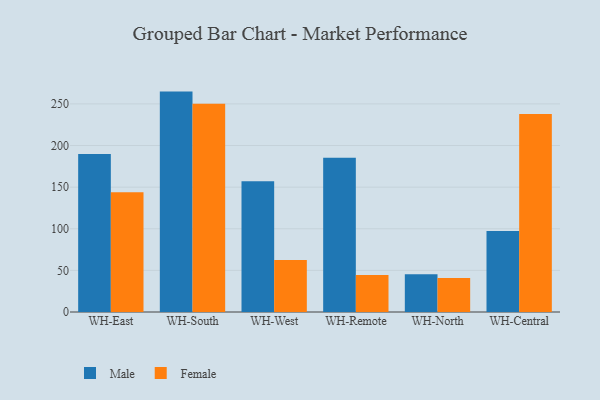
{"axis": {"x": "Warehouse", "y": "Churn Rate (%)"}, "legend": ["Female", "Male"], "data": [{"x": "WH-East", "y": 189.9, "type": "Male"}, {"x": "WH-East", "y": 143.9, "type": "Female"}, {"x": "WH-South", "y": 264.8, "type": "Male"}, {"x": "WH-South", "y": 250.2, "type": "Female"}, {"x": "WH-West", "y": 157.2, "type": "Male"}, {"x": "WH-West", "y": 62.5, "type": "Female"}, {"x": "WH-Remote", "y": 185.4, "type": "Male"}, {"x": "WH-Remote", "y": 44.6, "type": "Female"}, {"x": "WH-North", "y": 45.5, "type": "Male"}, {"x": "WH-North", "y": 40.7, "type": "Female"}, {"x": "WH-Central", "y": 97.4, "type": "Male"}, {"x": "WH-Central", "y": 237.8, "type": "Female"}]}